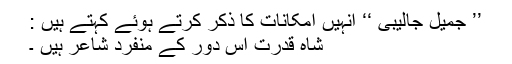
’’ جمیل جالیبی ‘‘ انہیں امکانات کا ذکر کرتے ہوئے کہتے ہیں :
شاہ قدرت اس دور کے منفرد شاعر ہیں ۔